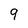
Character: 9